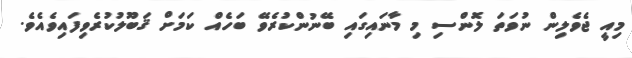
މިއީ ޖެވެލިން ނުވަތަ ލޮންސި މި މާނައިގައި ބޭނުންކުރެވޭ ބަހެއް ކަމަށް ޤަބޫލުކުރެވިފައިވެއެވެ.